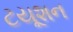
ટયૂશન